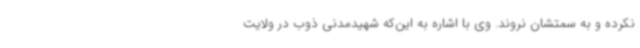
نکرده و به سمتشان نروند. وی با اشاره به این‌که شهیدمدنی ذوب در ولایت